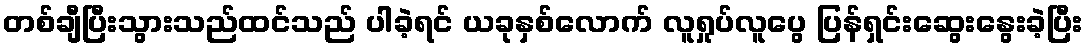
တစ်ချီပြီးသွားသည်ထင်သည် ပါခဲ့ရင် ယခုနှစ်လောက် လူရှုပ်လူပွေ ပြန်ရှင်းဆွေးနွေးခဲ့ပြီး